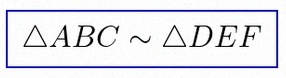
\triangle ABC\sim\triangle DEF